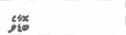
ބޮޑާވެ